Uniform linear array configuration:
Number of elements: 12
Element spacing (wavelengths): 1
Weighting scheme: uniform
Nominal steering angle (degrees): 60
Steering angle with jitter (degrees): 61.917
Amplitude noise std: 0.05
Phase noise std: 0.05

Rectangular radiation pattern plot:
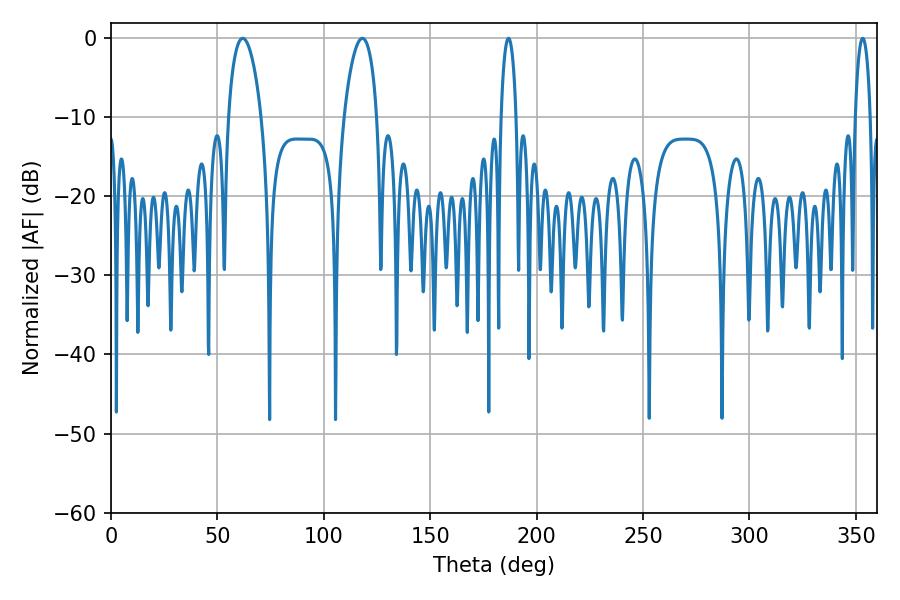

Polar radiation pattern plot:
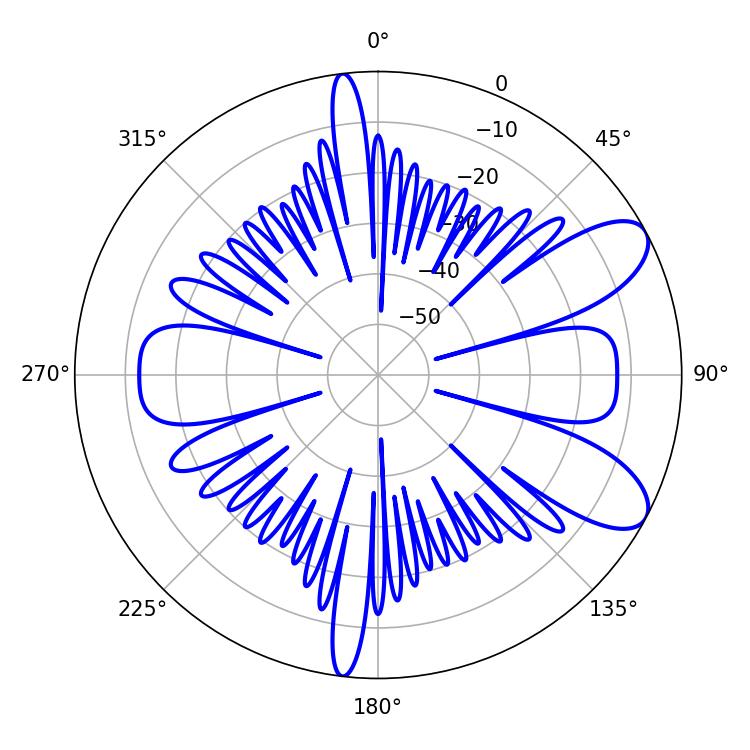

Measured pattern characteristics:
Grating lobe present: TRUE
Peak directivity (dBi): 8.801
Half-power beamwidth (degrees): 8.82
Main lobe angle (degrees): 61.92